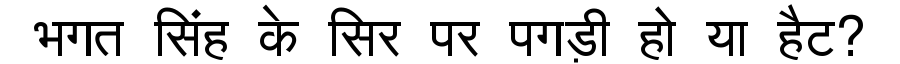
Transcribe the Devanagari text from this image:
भगत सिंह के सिर पर पगड़ी हो या हैट?